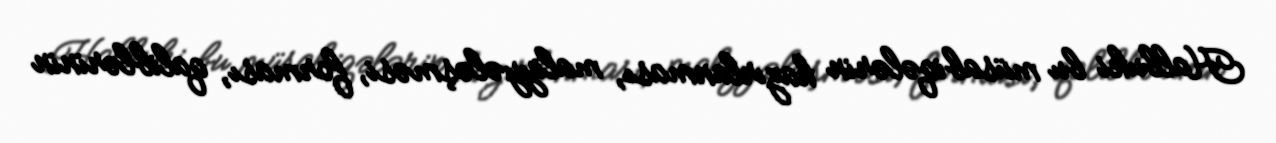
Halbuki bu müsabiqələrin hazırlanması, maliyyələşməsi, forması, qaliblərinin